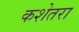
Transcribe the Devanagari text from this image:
कशेतरा